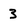
Character: 3